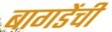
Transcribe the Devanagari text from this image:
बागडेंची